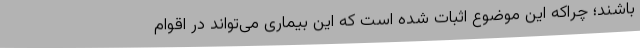
باشند؛ چراکه این موضوع اثبات شده است که این بیماری می‌تواند در اقوام